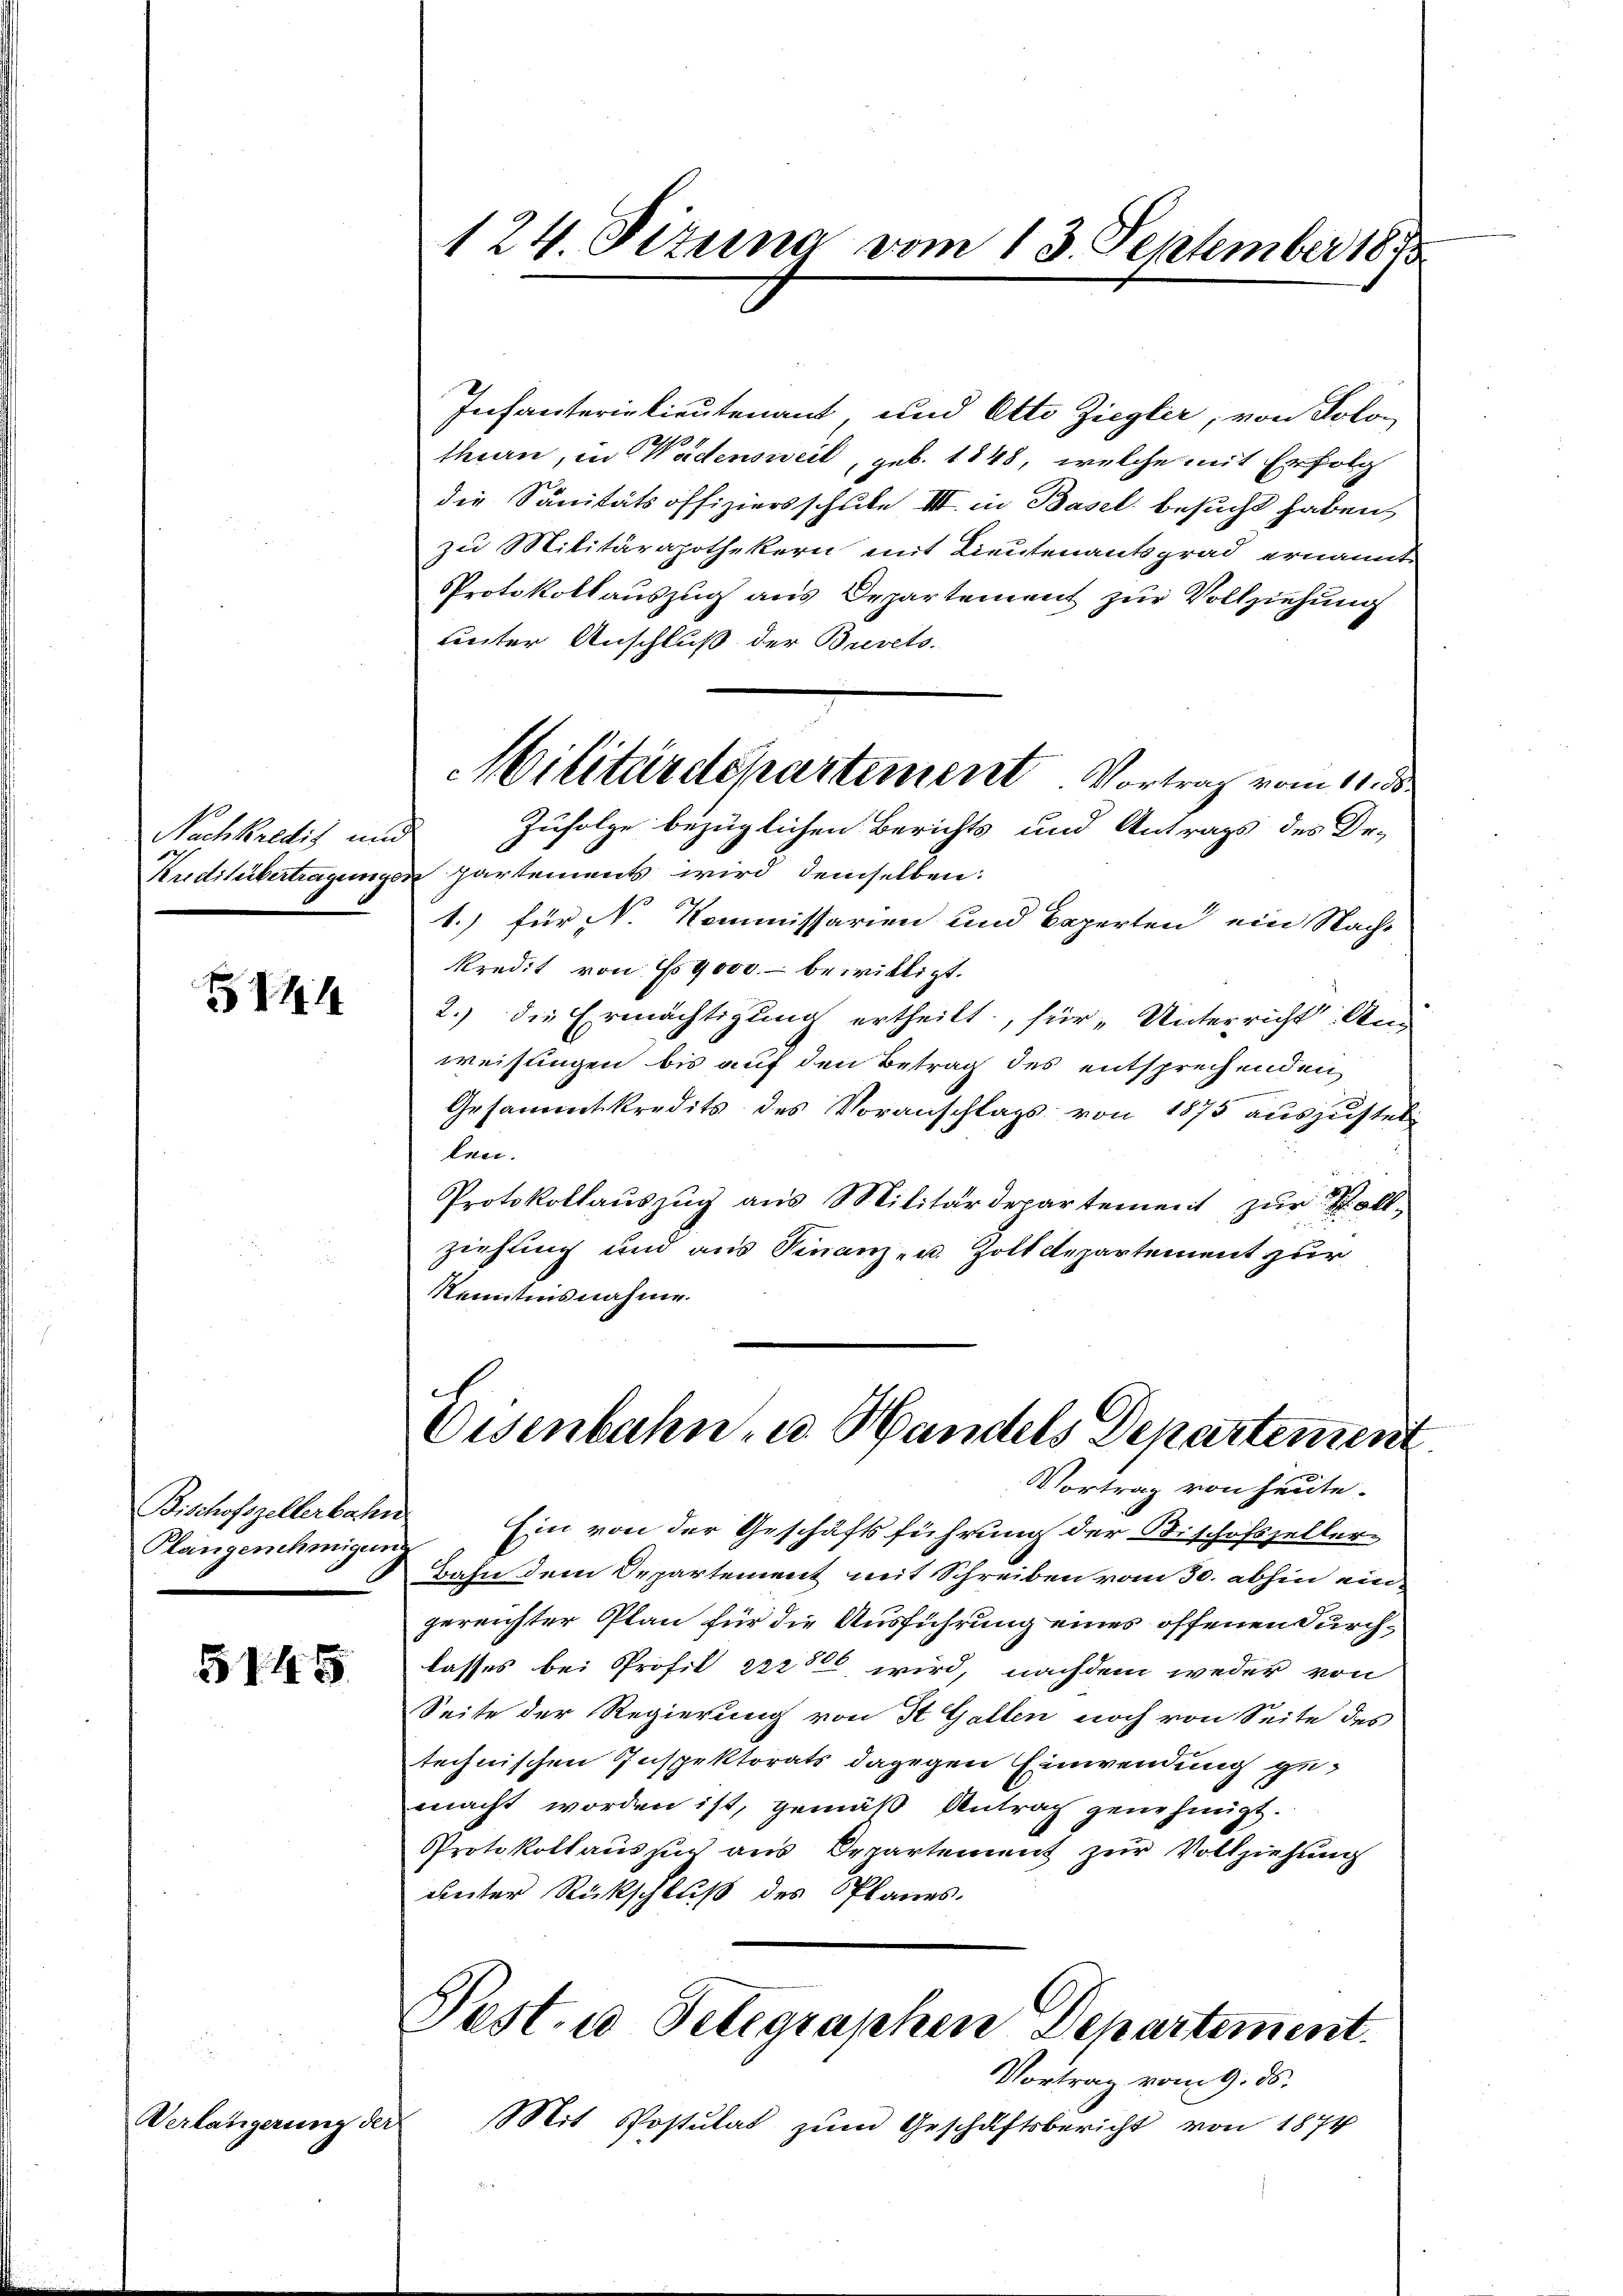
Nachkredig ein
Kreditübertragung

14

Bischofszellerbahn
Plangenehmigung

5145

Verlängerung der

124. Dizuna vom 13. September 1875

Infanterielieutenant und Otto Ziegler, von Solo-
thurn, in Wädensweil, geb. 1848, welche mit Erfolg
die Sanitätsoffiziersschule III. in Basel besucht haben,
zu Militärapothekern mit Lieutenantsgrad ernannt
Protokollauszug aus Departement zur Vollziehung
unter Anschluß der Brevets
Zufolge bezüglichen Berichts und Antrags des Dr.
c
in partement wird demselben:
1.) für V. Kommissarien und Baperten ein Nacht
kredit von 9000. bewilligt.
2.) die Ermächtigung ertheilt, für „Unterricht Anweisungen bis auf den Betrag des entsprechenden
Gesammtkredits des Voranschlags von 1875 auszustel-
len.
Protokollaŭszŭg aŭs Militärdepartement zŭr Vollziehung und aus Finanz- u. Zolldepartement zur
Remitinsnahme.
B
Eisenbahn zu Handels Departement
Vortrag von heute.
Ein von der Geschäftsführung der Sischofszeller
Bahn dem Departement mit Schreiben vom 30. abhin ein-
gereichter Plan für die Ausführung eines offenen Durchlasses bei Profil 2228 wird, nachdem weder von
Seite der Regierung von St. Gallen noch von Seite des
technischen Inspektorats dagegen Einwendung gemacht worden ist, gemäß Antrag genehmigt.
Protokollaus such aus Departement zur Vollziehung
unter Rückschluß des Planes.
Pest. u Telegraphen Departement.
Vortrag vom 9. ds.
Mit Postulat zum Geschäftsbericht von 1874

Militärdepartement. Vortrag vom 11. d.